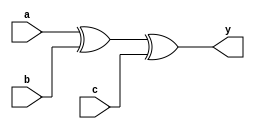


module top (a, b, c, y);
input a, b, c;
output y;


xor (y, a, b, c);

endmodule